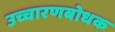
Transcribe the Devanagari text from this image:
उच्चारणबोधक